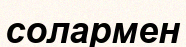
солармен